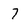
Character: 7